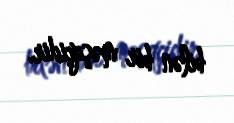
bilən bir məşqçidir.